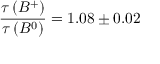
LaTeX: \frac { \tau \left( B ^ { + } \right) } { \tau \left( B ^ { 0 } \right) } = 1 . 0 8 \pm 0 . 0 2